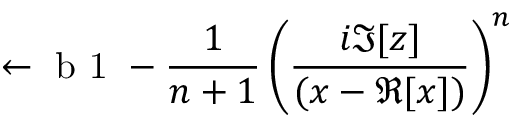
\leftarrow \mathrm { ~ b ~ 1 ~ } - \frac { 1 } { n + 1 } \left( \frac { i \Im [ z ] } { ( x - \Re [ x ] ) } \right) ^ { n }